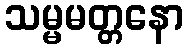
သမ္မမတ္တနော